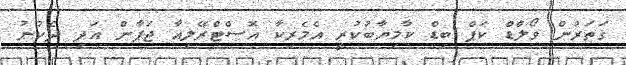
ގަތަރުން ވޯލްޑް ކަޕް ބިޑް ކާމިޔާބުކުރީ އެމެރިކާ އޮސްޓްރޭލިއާ ޖަޕާން އަދި ދެކުނު